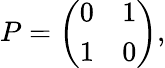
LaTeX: \begin{array}{r}{P=\left(\begin{array}{ll}{0}&{1}\\ {1}&{0}\end{array}\right),}\end{array}